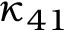
\kappa _ { 4 1 }